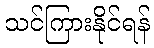
သင်ကြားနိုင်ရန်